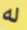
له